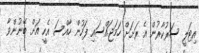
އިޓަލީ ސަރުކާރުން އެ ރަށަށް ހަމަޖައްސައި ފަހުން ހާއްސަ އެހީ އަށް ބޭނުންވާ